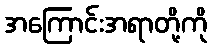
အကြောင်းအရာတို့ကို